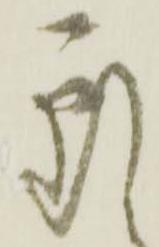
處